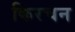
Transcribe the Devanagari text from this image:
किरचन